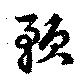
預